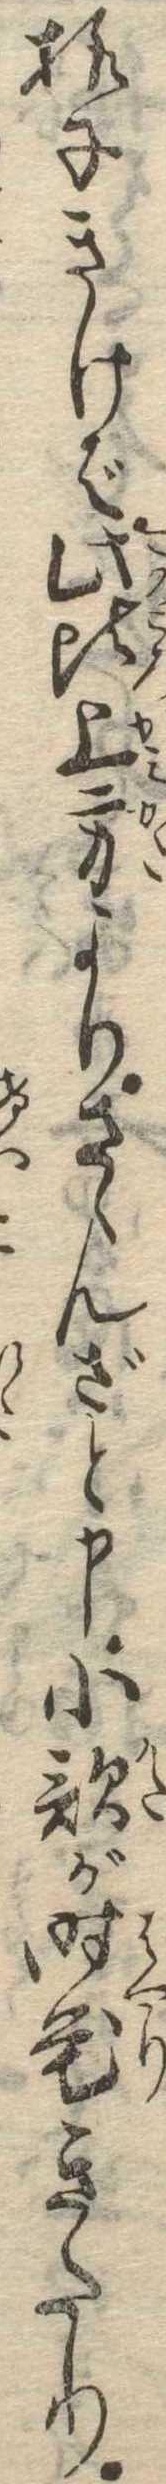
様子きけば此比上方よりさゝんざと申小歌が時花きたり